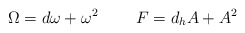
\begin{align*} \Omega = d\omega + \omega^{2} \ \ \ \ \ \ \ F = d_{h}A + A^{2}\end{align*}